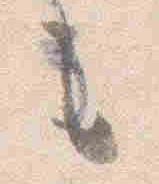
之